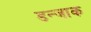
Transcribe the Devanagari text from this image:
डन्जाक